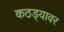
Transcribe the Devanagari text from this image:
कठड्यावर